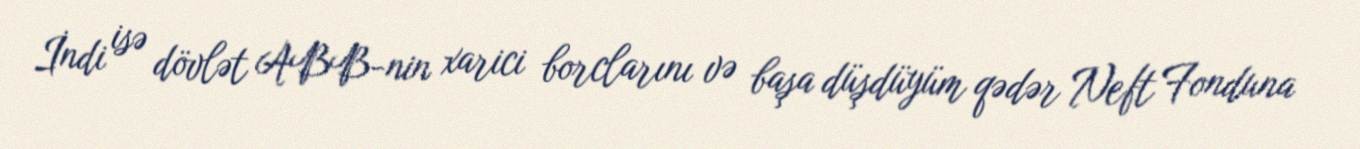
İndi isə dövlət ABB-nin xarici borclarını və başa düşdüyüm qədər Neft Fonduna